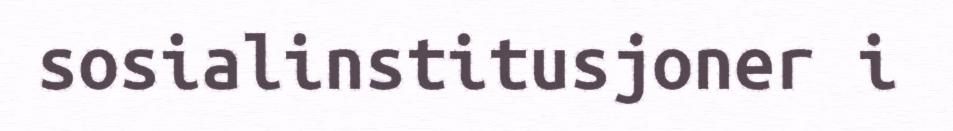
sosialinstitusjoner i